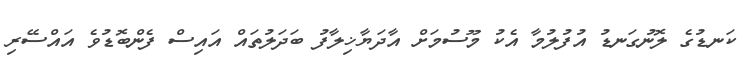
ކަނޑުގެ ލޮނުގަނޑު އުފުލުމާ އެކު މޫސުމަށް އާދަޔާޚިލާފު ބަދަލުތައް އައިސް ފެންބޮޑުވެ އައްސޭރި